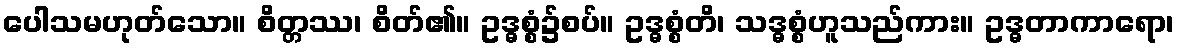
ပေါသမဟုတ်သော။ စိတ္တဿ၊ စိတ်၏။ ဥဒ္ဓစ္စံ၌စပ်။ ဥဒ္ဓစ္စံတိ၊ သဒ္ဓစ္စံဟူသည်ကား။ ဥဒ္ဓတာကာရော၊